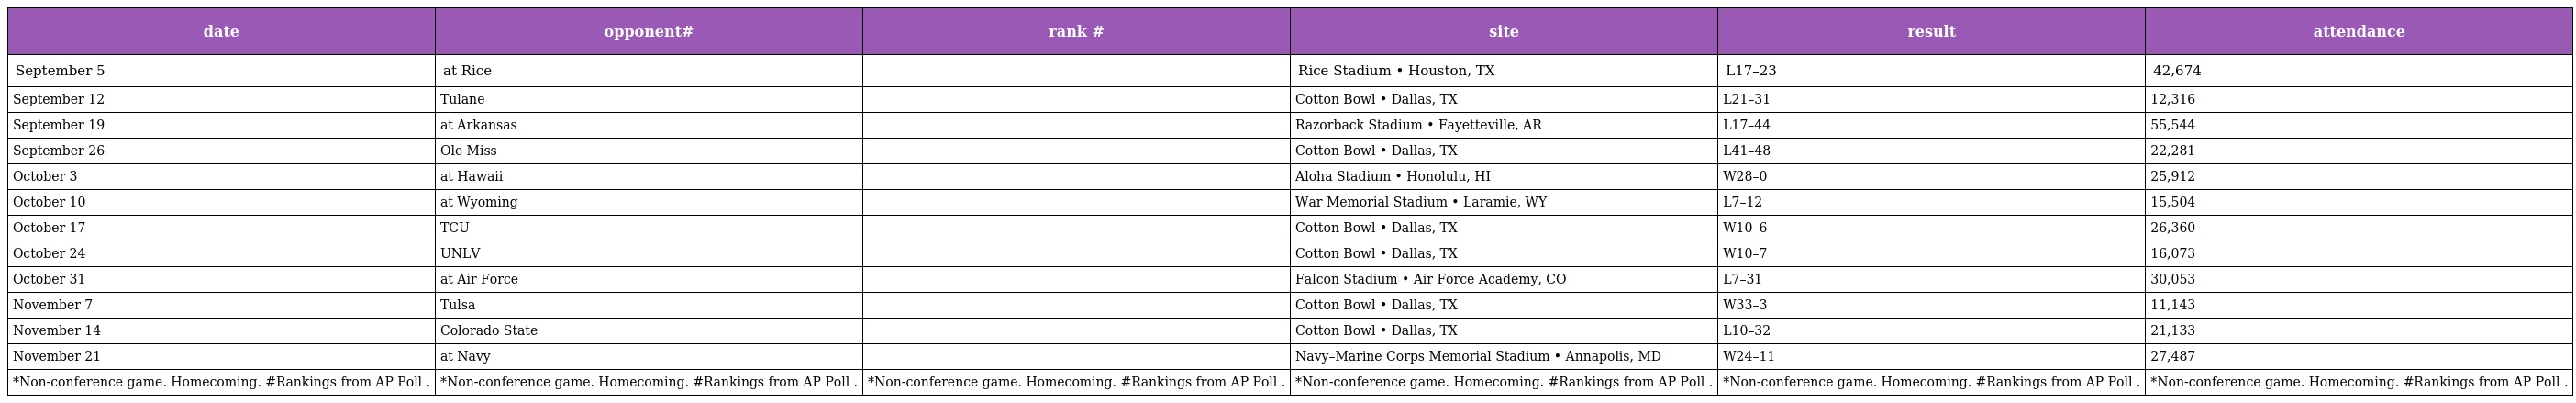
| date | opponent# | rank # | site | result | attendance |
 | --- | --- | --- | --- | --- | --- |
 | September 5 | at Rice |  | Rice Stadium • Houston, TX | L17–23 | 42,674 |
 | September 12 | Tulane |  | Cotton Bowl • Dallas, TX | L21–31 | 12,316 |
 | September 19 | at Arkansas |  | Razorback Stadium • Fayetteville, AR | L17–44 | 55,544 |
 | September 26 | Ole Miss |  | Cotton Bowl • Dallas, TX | L41–48 | 22,281 |
 | October 3 | at Hawaii |  | Aloha Stadium • Honolulu, HI | W28–0 | 25,912 |
 | October 10 | at Wyoming |  | War Memorial Stadium • Laramie, WY | L7–12 | 15,504 |
 | October 17 | TCU |  | Cotton Bowl • Dallas, TX | W10–6 | 26,360 |
 | October 24 | UNLV |  | Cotton Bowl • Dallas, TX | W10–7 | 16,073 |
 | October 31 | at Air Force |  | Falcon Stadium • Air Force Academy, CO | L7–31 | 30,053 |
 | November 7 | Tulsa |  | Cotton Bowl • Dallas, TX | W33–3 | 11,143 |
 | November 14 | Colorado State |  | Cotton Bowl • Dallas, TX | L10–32 | 21,133 |
 | November 21 | at Navy |  | Navy–Marine Corps Memorial Stadium • Annapolis, MD | W24–11 | 27,487 |
 | *Non-conference game. Homecoming. #Rankings from AP Poll . | *Non-conference game. Homecoming. #Rankings from AP Poll . | *Non-conference game. Homecoming. #Rankings from AP Poll . | *Non-conference game. Homecoming. #Rankings from AP Poll . | *Non-conference game. Homecoming. #Rankings from AP Poll . | *Non-conference game. Homecoming. #Rankings from AP Poll . |